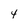
Character: 4